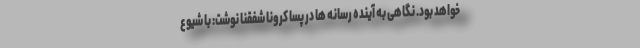
خواهد بود. نگاهی به آینده رسانه ها در پسا کرونا شفقنا نوشت: با شیوع